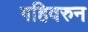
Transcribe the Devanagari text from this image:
गहिवरुन